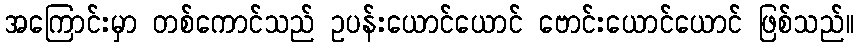
အကြောင်းမှာ တစ်ကောင်သည် ဥပန်းယောင်ယောင် ဗောင်းယောင်ယောင် ဖြစ်သည်။